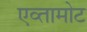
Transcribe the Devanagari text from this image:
एव्तामोट